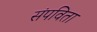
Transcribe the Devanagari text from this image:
संपविता